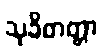
သုခိတတ္တာ